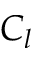
C _ { l }